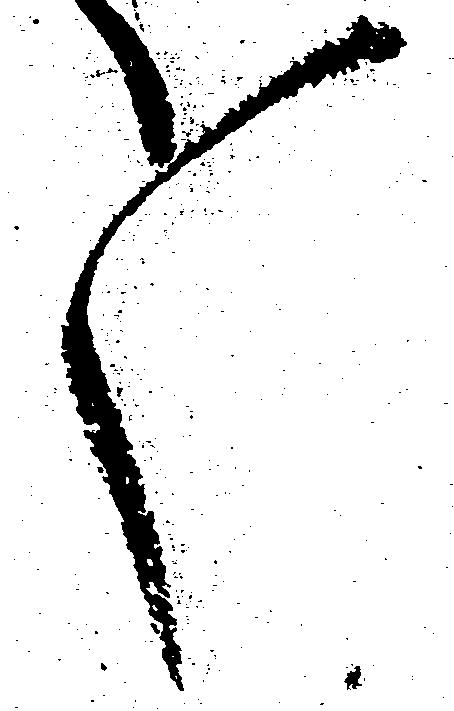
々